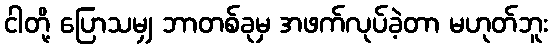
ငါတို့ ပြောသမျှ ဘာတစ်ခုမှ အဖက်လုပ်ခဲ့တာ မဟုတ်ဘူး